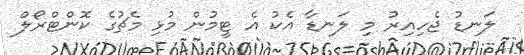
ލަނޑު ޖެހިއިރު މި ލަނޑާ އެކު އެ ޓީމުން މުޅި މެޗުގެ ކޮންޓްރޯލް